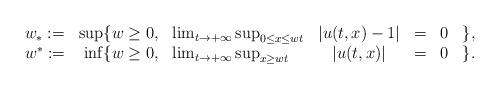
LaTeX: \begin{align*} \begin{array}{lrlcccl}w_*:=&\sup \{ w\geq 0,& \lim_{t\to +\infty} \sup_{0 \leq x\leq wt} &|u(t,x)- 1|&=&0 &\},\\w^*:=&\inf \{ w\geq 0, &\lim_{t\to +\infty} \sup_{x\geq wt}& |u(t,x)|&=&0 &\}.\\\end{array}\end{align*}